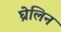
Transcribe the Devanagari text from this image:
घ्रेलिन